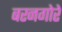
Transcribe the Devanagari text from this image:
बरनगोरे